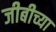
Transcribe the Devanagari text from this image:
जीबीच्या